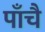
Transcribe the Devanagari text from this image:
पाँचै